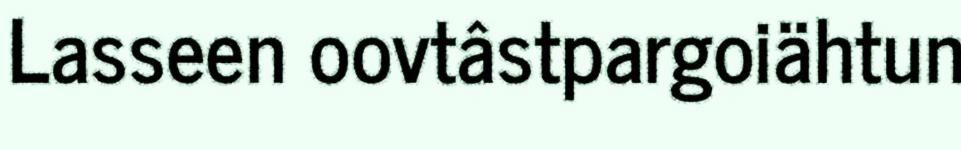
Lasseen oovtâstpargoiähtun